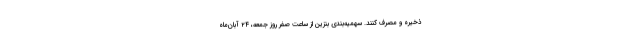
ذخیره و مصرف کنند. سهمیه‌بندی بنزین از ساعت صفر روز جمعه، ۲۴ آبان‌ماه